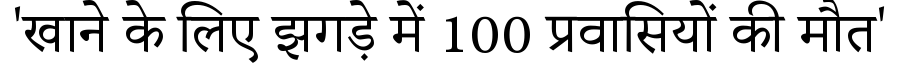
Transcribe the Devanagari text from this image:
'खाने के लिए झगड़े में 100 प्रवासियों की मौत'